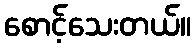
စောင့်သေးတယ်။